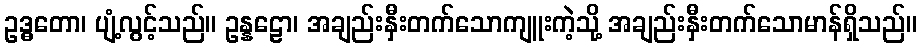
ဥဒ္ဓတော၊ ပျံ့လွင့်သည်။ ဥန္နဠော၊ အချည်းနှီးတက်သောကျူးကဲ့သို့ အချည်းနှီးတက်သောမာန်ရှိသည်။